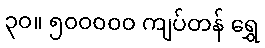
၃၀။ ၅၀၀၀၀၀ ကျပ်တန် ရွှေ